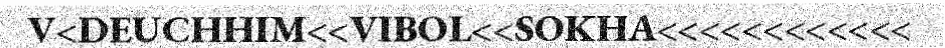
V<DEUCHHIM<<VIBOL<<SOKHA<<<<<<<<<<<<